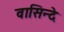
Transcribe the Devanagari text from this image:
वासिन्दे